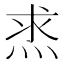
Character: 𤈿